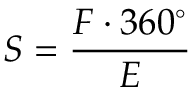
S = { \frac { F \cdot 3 6 0 ^ { \circ } } { E } }